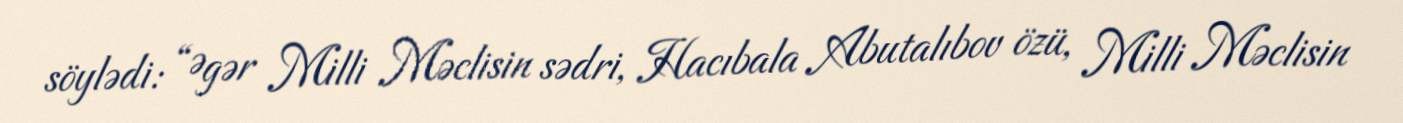
söylədi: “Əgər Milli Məclisin sədri, Hacıbala Abutalıbov özü, Milli Məclisin